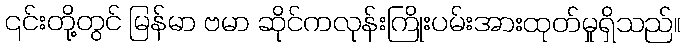
၎င်းတို့တွင် မြန်မာ ဗမာ ဆိုင်ကလုန်းကြိုးပမ်းအားထုတ်မှုရှိသည်။